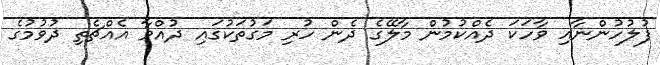
ފުލުހުންނާއި ވާހަކަ ދެއްކުމުން މާލޭގެ ދެން ހުރި މަގުތަކުގައި ދުއްވާ އެއްޗެތި ދުވުމުގެ